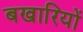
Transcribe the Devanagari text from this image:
बखारियों